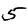
Digit: 5